Civil Veterinary Department. United Provinces 1932-42 - 1932-1942
Year: 1932
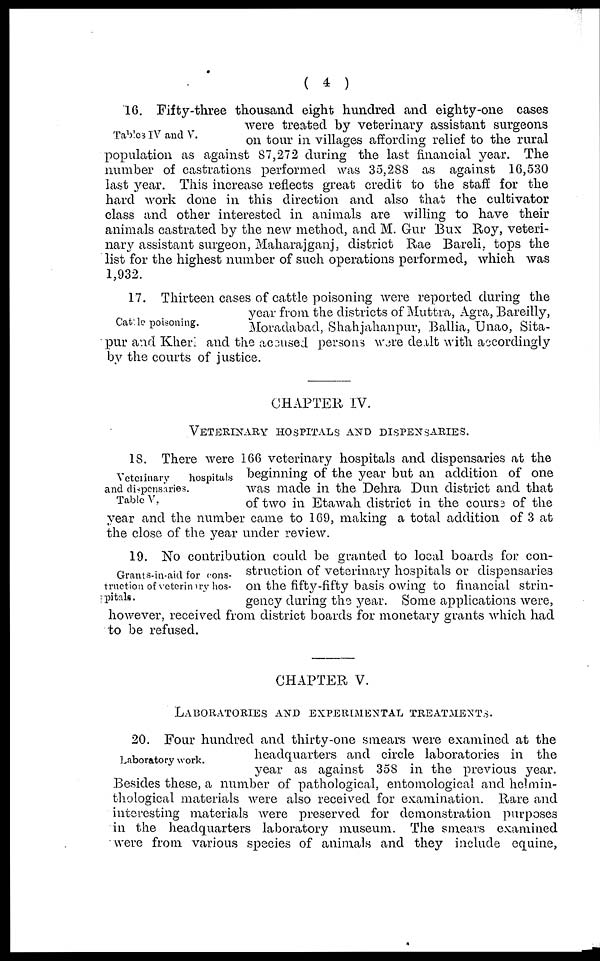
( 4 )
Tables IV and V.
16. Fifty-three thousand eight hundred and eighty-one cases
were treated by veterinary assistant surgeons
on tour in villages affording relief to the rural
population as against 87,272 during the last financial year. The
number of castrations performed was 35,288 as against 16,530
last year This increase reflects great credit to the staff for the
hard work done in this direction and also that the cultivator
class and other interested in animals are willing to have their
animals castrated by the new method, and M. Gur Bux Roy, veteri-
nary assistant surgeon, Maharajganj, district Rae Bareli, tops the
list for the highest number of such operations performed, which was
1,932.
Cattle poisoning.
17. Thirteen cases of cattle poisoning were reported during the
year from the districts of Muttra, Agra, Bareilly,
Moradabad, Shahjahanpur, Ballia, Unao, Sita-
pur and Kheri and the accused persons were dealt with accordingly
by the courts of justice.
CHAPTER IV.
VETERINARY HOSPITALS AND DISPENSARIES.
Veterinary
hospitals
and dispensaries.
Table V,
18. There were 166 veterinary hospitals and dispensaries at the
beginning of the year but an addition of one
was made in the Dehra Dun district and that
of two in Etawah district in the course of the
year and the number came to 169, making a total addition of 3 at
the close of the year under review.
Grants-in-aid for cons-
truction of veterinery hos-
pitals.
19. No contribution could be granted to local boards for con-
struction of veterinary hospitals or dispensaries
on the fifty-fifty basis owing to financial strin-
gency during the year. Some applications were,
however, received from district boards for monetary grants which had
to be refused.
CHAPTER V.
LABORATORIES AND EXPERIMENTAL TREATMENTS.
Laboratory work.
20. Four hundred and thirty-one smears were examined at the
headquarters and circle laboratories in the
year as against 358 in the previous year.
Besides these, a number of pathological, entomological and helmin-
thological materials were also received for examination. Rare and
interesting materials were preserved for demonstration purposes
in the headquarters laboratory museum. The smears examined
were from various species of animals and they include equine,